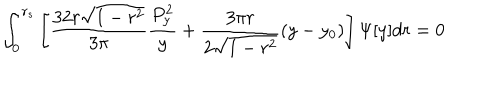
LaTeX: \int _ { 0 } ^ { r _ { s } } \left[ \frac { 3 2 r \sqrt { 1 - r ^ { 2 } } } { 3 \pi } \frac { P _ { y } ^ { 2 } } { y } + \frac { 3 \pi r } { 2 \sqrt { 1 - r ^ { 2 } } } ( y - y _ { 0 } ) \right] \Psi [ y ] d r = 0